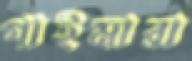
গাইমারা